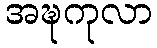
အဍ္ဎကုလာ